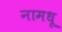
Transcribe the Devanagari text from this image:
नामधू